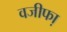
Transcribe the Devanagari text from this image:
वजीफा़